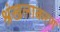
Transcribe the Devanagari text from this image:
श्रंखलाकरण